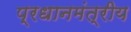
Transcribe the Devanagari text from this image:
प्रधानमंत्रीय